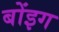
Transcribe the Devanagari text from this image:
बोंइग